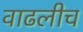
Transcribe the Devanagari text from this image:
वाढलीच